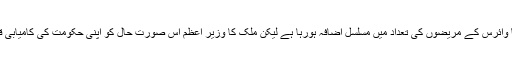
ملک میں کورونا وائرس کے مریضوں کی تعداد میں مسلسل اضافہ ہورہا ہے لیکن ملک کا وزیر اعظم اس صورت حال کو اپنی حکومت کی کامیابی قرار دے رہا ہے۔